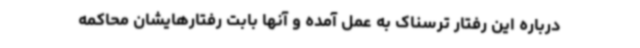
درباره این رفتار ترسناک به عمل آمده و آنها بابت رفتارهایشان محاکمه